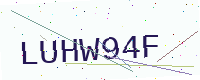
Text: LUHW94F